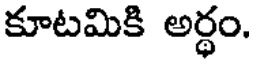
కూటమికి అర్థం.